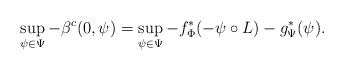
\begin{align*}\sup_{\psi\in\Psi} - \beta^c (0,\psi) = \sup_{\psi\in\Psi} - f^*_{\Phi} (-\psi\circ L)-g^{*}_{\Psi}(\psi). \end{align*}